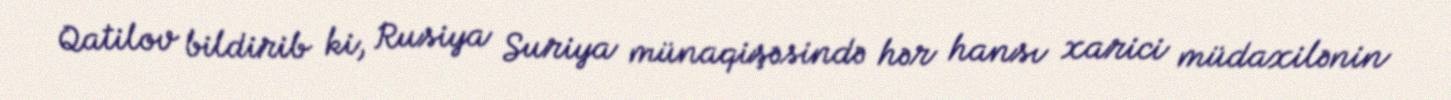
Qatilov bildirib ki, Rusiya Suriya münaqişəsində hər hansı xarici müdaxilənin